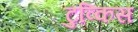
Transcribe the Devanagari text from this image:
टुव्किस